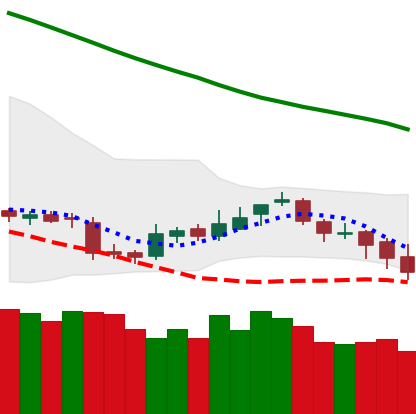
Ticker: BNB-USD
Chart end date: 2018-11-13
Forward return: -13.501%
Label: down_7plus